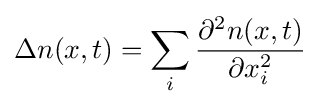
\Delta n(x,t)=\sum _{i}{\frac {\partial ^{2}n(x,t)}{\partial x_{i}^{2}}}\